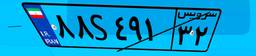
۸۸S۴۹۱۳۲